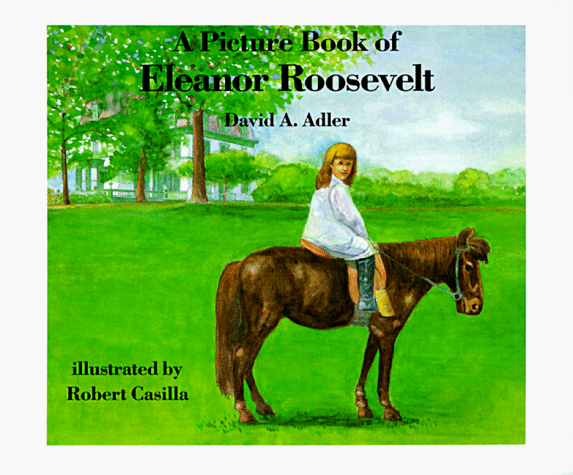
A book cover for A Picture Book of Eleanor Roosevelt (Picture Book Biography) (Picture Book Biographies); David A. Adler; Children's Books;